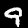
Label: 9